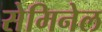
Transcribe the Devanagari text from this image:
सेमिनेल